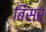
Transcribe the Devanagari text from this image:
बिंसर